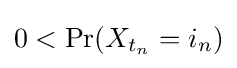
0<\Pr(X_{t_{n}}=i_{n})